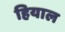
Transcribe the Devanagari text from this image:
हियाल